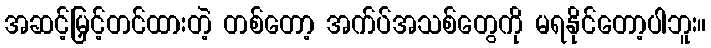
အဆင့်မြှင့်တင်ထားတဲ့ တစ်တော့ အက်ပ်အသစ်တွေကို မရနိုင်တော့ပါဘူး။